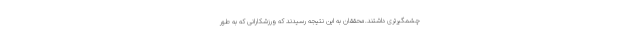
چشمگیرتری داشتند.محققان به این نتیجه رسیدند که ورزشکارانی که به طور